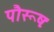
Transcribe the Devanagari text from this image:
पौरूषः